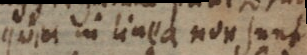
quia in linea non sunt